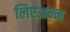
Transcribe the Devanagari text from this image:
लिएअन्न